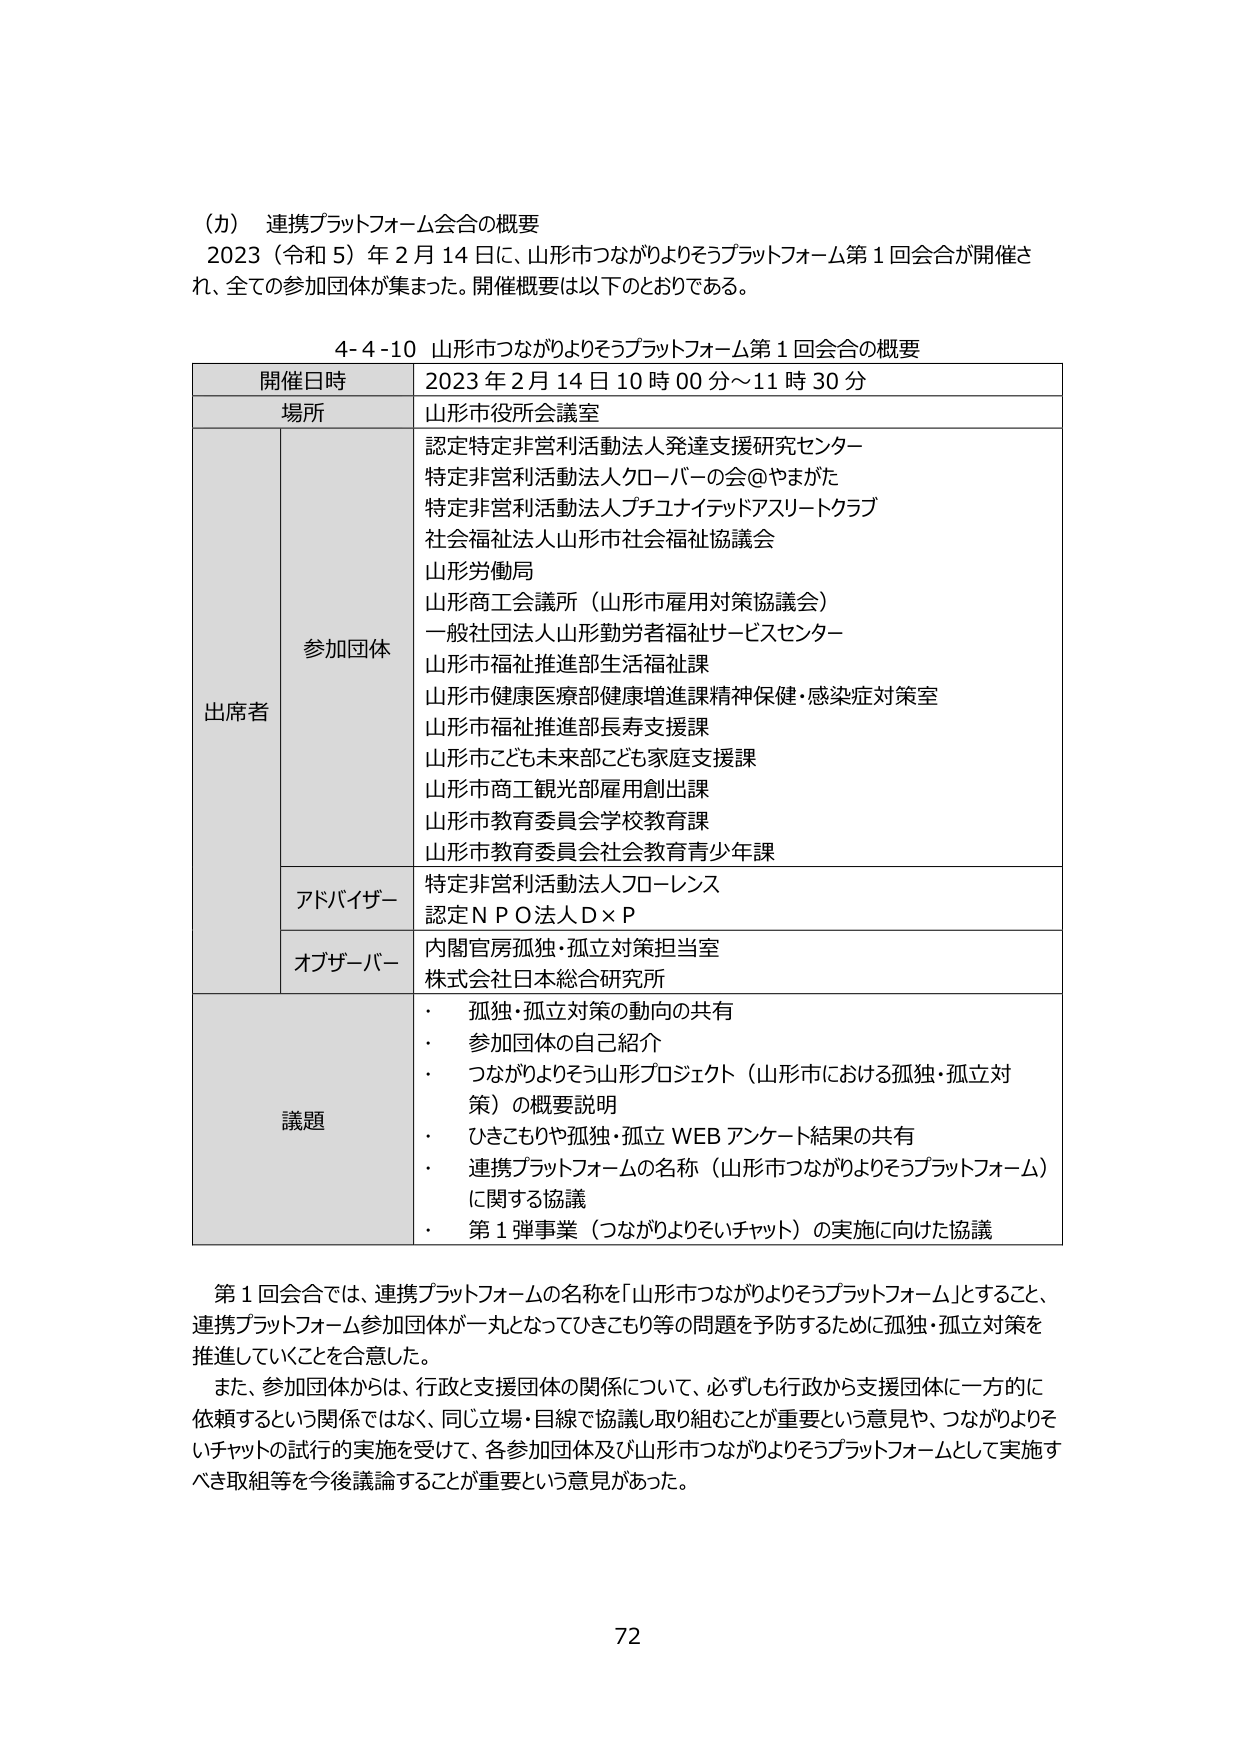
（カ） 連携プラットフォーム会合の概要
2023（令和5）年2月14日に、山形市つながりよりそうプラットフォーム第1回会合が開催され、全ての参加団体が集まった。開催概要は以下のとおりである。

4-4-10 山形市つながりよりそうプラットフォーム第1回会合の概要

| 開催日時 | 2023年2月14日10時00分～11時30分 |
|----------|----------------------------------|
| 場所     | 山形市役所会議室                 |
| 出席者   | 参加団体                         | 認定特定非営利活動法人発達支援研究センター<br>特定非営利活動法人クローバーの会@やまがた<br>特定非営利活動法人プチユナイテッドアスリートクラブ<br>社会福祉法人山形市社会福祉協議会<br>山形労働局<br>山形商工会議所（山形市雇用対策協議会）<br>一般社団法人山形勤労者福祉サービスセンター<br>山形市福祉推進部生活福祉課<br>山形市健康医療部健康増進課精神保健・感染症対策室<br>山形市福祉推進部長寿支援課<br>山形市こども未来部こども家庭支援課<br>山形市商工観光部雇用創出課<br>山形市教育委員会学校教育課<br>山形市教育委員会社会教育青少年課 |
|          | アドバイザー                     | 特定非営利活動法人フローレンス<br>認定ＮＰＯ法人Ｄ×Ｐ |
|          | オブザーバー                     | 内閣官房孤独・孤立対策担当室<br>株式会社日本総合研究所 |
| 議題     | ・孤独・孤立対策の動向の共有<br>・参加団体の自己紹介<br>・つながりよりそう山形プロジェクト（山形市における孤独・孤立対策）の概要説明<br>・ひきこもりや孤独・孤立 WEB アンケート結果の共有<br>・連携プラットフォームの名称（山形市つながりよりそうプラットフォーム）に関する協議<br>・第1弾事業（つながりよりそいチャット）の実施に向けた協議 |

第1回会合では、連携プラットフォームの名称を「山形市つながりよりそうプラットフォーム」とすること、連携プラットフォーム参加団体が一丸となってひきこもり等の問題を予防するために孤独・孤立対策を推進していくことを合意した。
また、参加団体からは、行政と支援団体の関係について、必ずしも行政から支援団体に一方的に依頼するという関係ではなく、同じ立場・目線で協議し取り組むことが重要という意見や、つながりよりそいチャットの試行的実施を受けて、各参加団体及び山形市つながりよりそうプラットフォームとして実施すべき取組等を今後議論することが重要という意見があった。

72